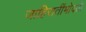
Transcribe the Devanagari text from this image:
जाहिरातींभोवती